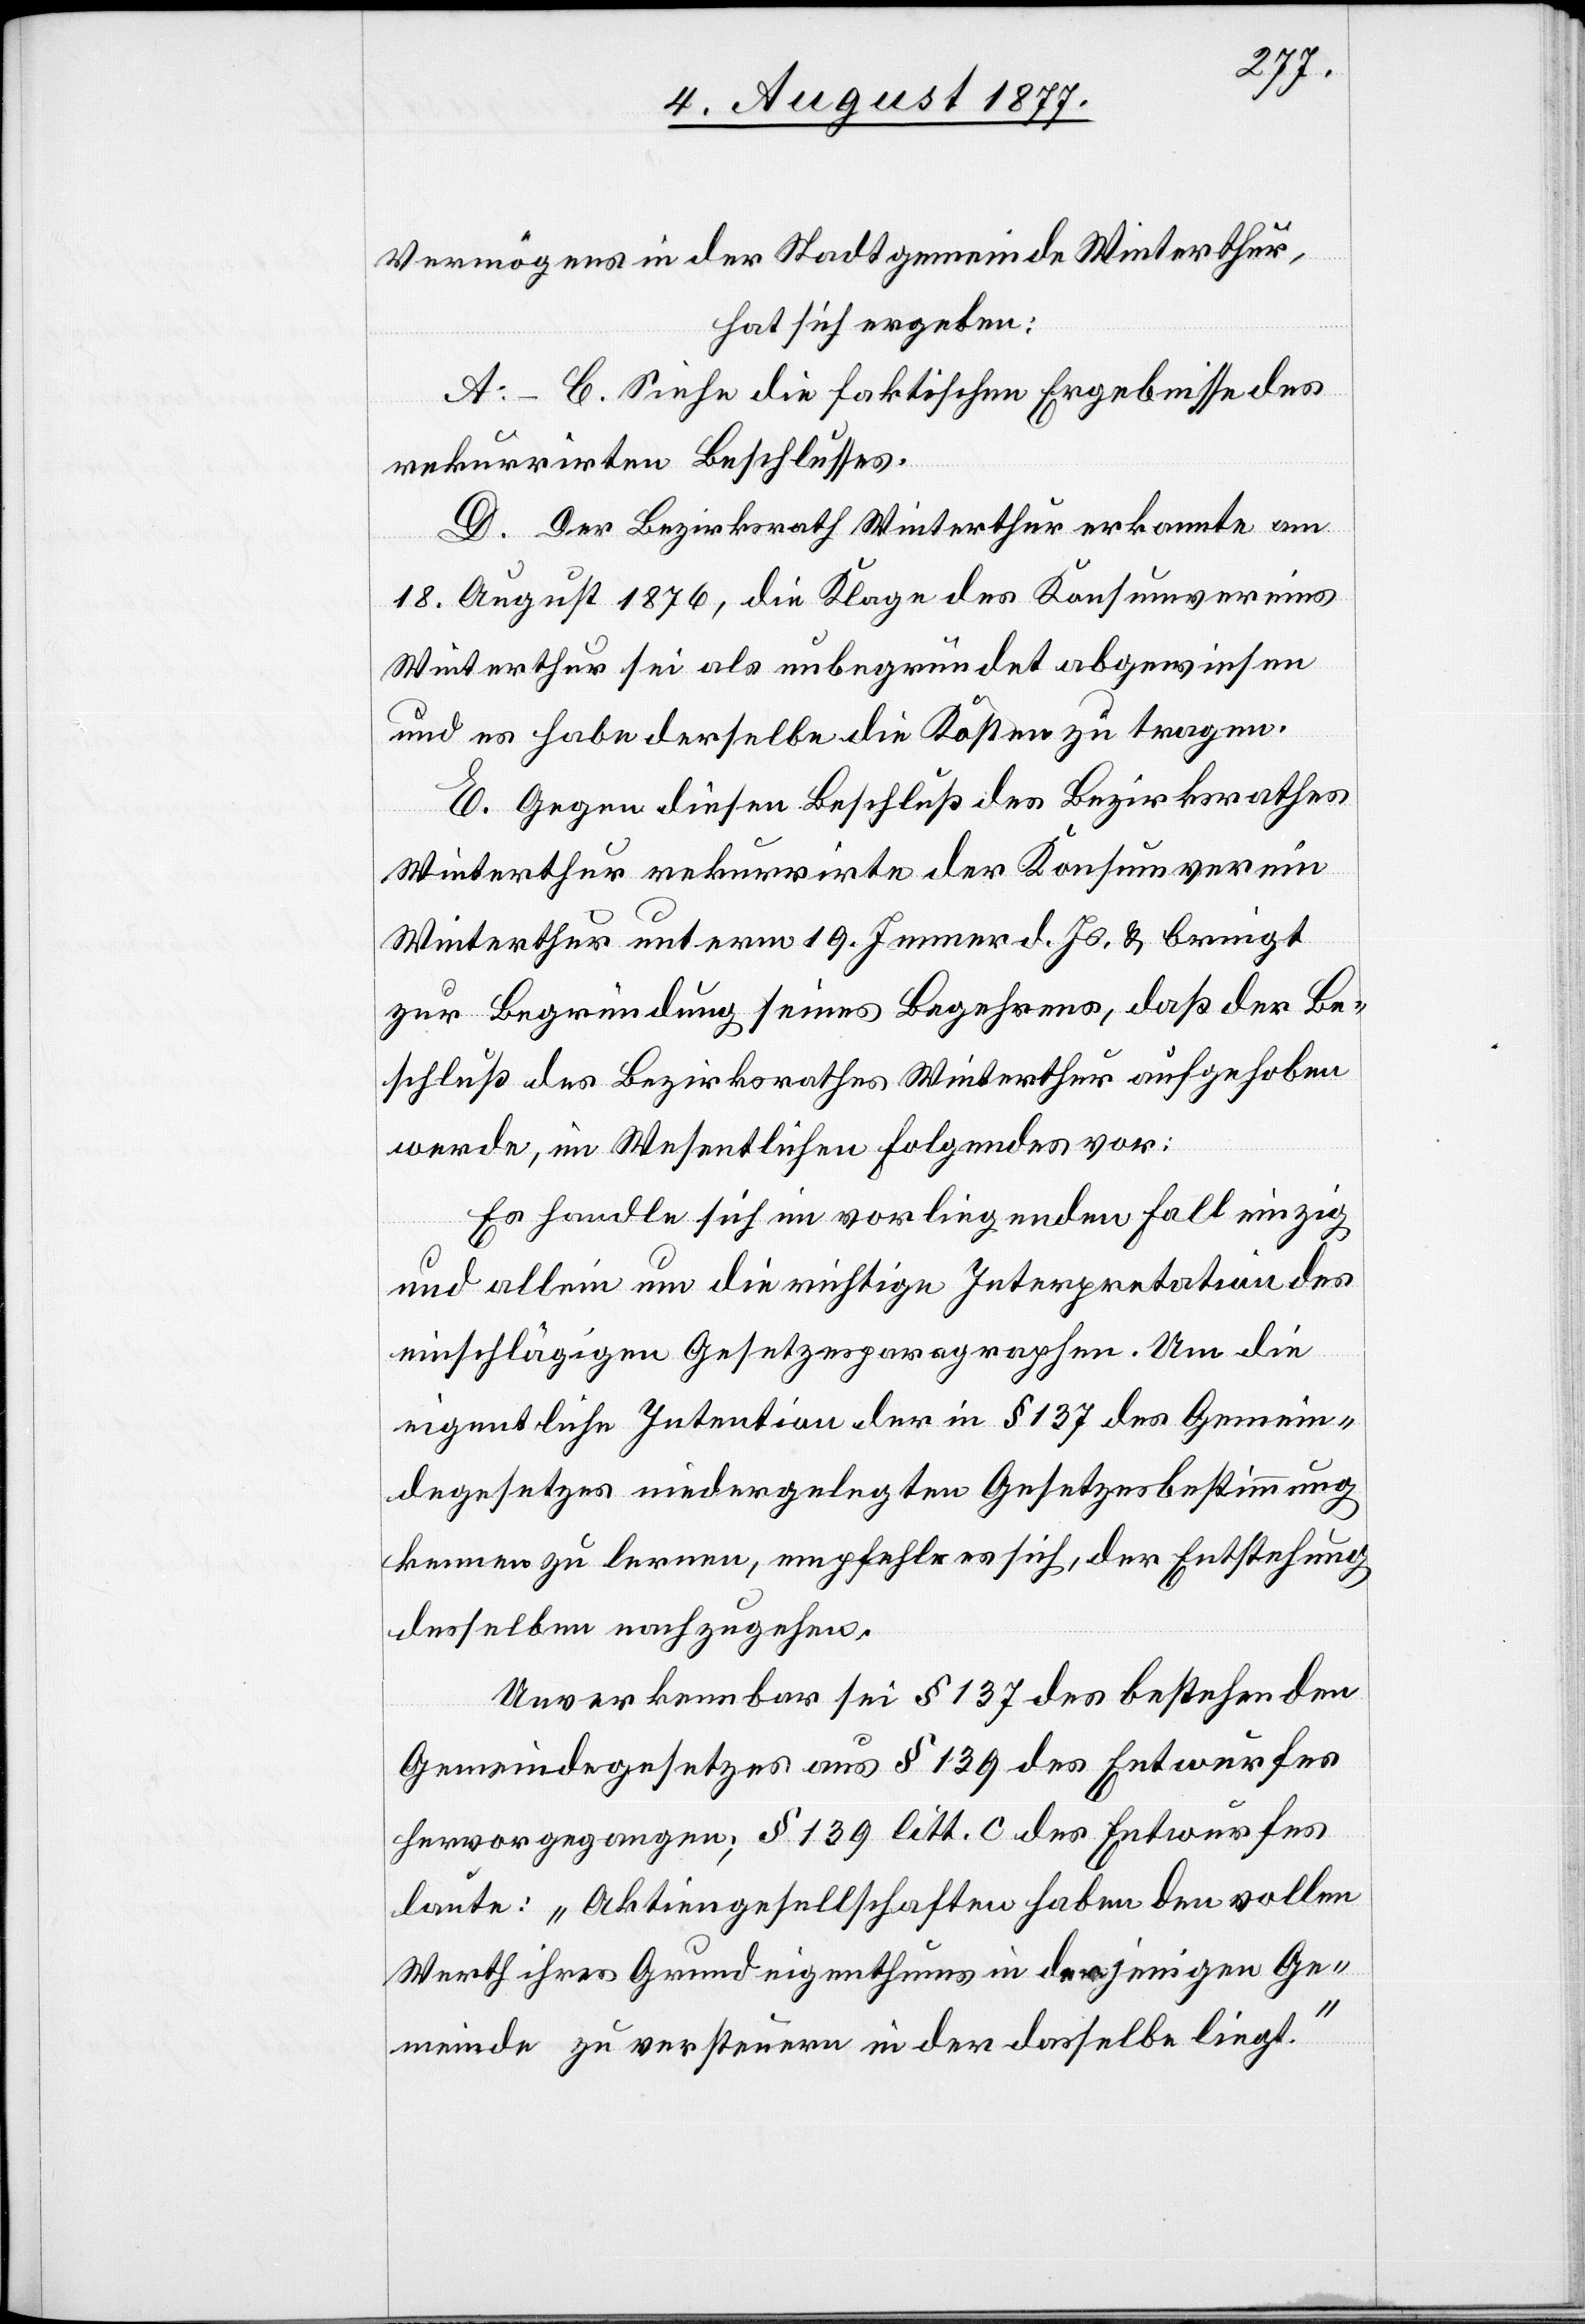
Vermögens in der Stadtgemeinde Winterthur,
hat sich ergeben:
A.–C. Siehe die faktischen Ergebnisse des
rekurrirten Beschlusses.
D. Der Bezirksrath Winterthur erkannte am
18. August 1876, die Klage des Konsumvereins
Winterthur sei als unbegründet abgewiesen
und es habe derselbe die Kosten zu tragen.
E. Gegen diesen Beschluß des Bezirksrathes
Winterthur rekurrirte der Konsumverein
Winterthur unterm 19. Jenner d. Js. & bringt
zur Begründung seines Begehrens, daß der Be¬
schluß des Bezirksrathes Winterthur aufgehoben
werde, im Wesentlichen Folgendes vor:
Es handle sich im vorliegenden Fall einzig
und allein um die richtige Interpretation des
einschlägigen Gesetzesparagraphen. Um die
eigentliche Intention der in § 137 des Gemein¬
degesetzes niedergelegten Gesetzesbestimmung
kennen zu lernen, empfehle es sich, der Entstehung
desselben nachzugehen.
Unverkennbar sei § 137 des bestehenden
Gemeindegesetzes aus § 139 des Entwurfes
hervorgegangen; § 139 litt. c des Entwurfes
laute: „Aktiengesellschaften haben den vollen
Werth ihres Grundeigenthums in derjenigen Ge¬
meinde zu versteuern in der dasselbe liegt.“